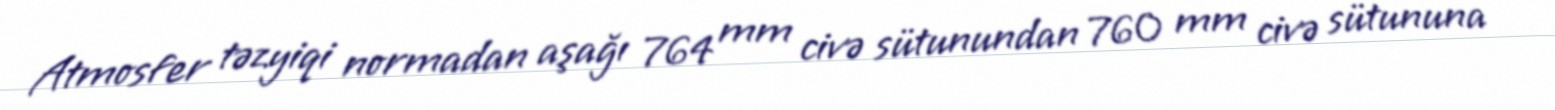
Atmosfer təzyiqi normadan aşağı 764 mm civə sütunundan 760 mm civə sütununa